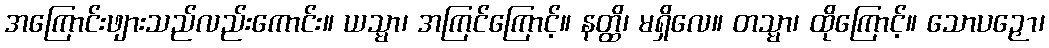
အကြောင်းဖျားသည်လည်းကောင်း။ ယသ္မာ၊ အကြင်ကြောင့်။ နတ္ထိ၊ မရှိလေ။ တသ္မာ၊ ထိုကြောင့်။ သောပဉှော၊